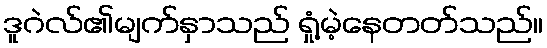
ဒူဂဲလ်၏မျက်နှာသည် ရှုံ့မဲ့နေတတ်သည်။